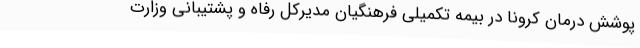
پوشش درمان کرونا در بیمه تکمیلی فرهنگیان مدیرکل رفاه و پشتیبانی وزارت